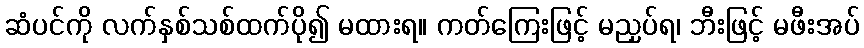
ဆံပင်ကို လက်နှစ်သစ်ထက်ပို၍ မထားရ။ ကတ်ကြေးဖြင့် မညှပ်ရ၊ ဘီးဖြင့် မဖီးအပ်